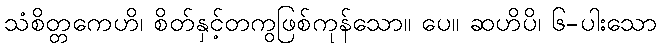
သံစိတ္တကေဟိ၊ စိတ်နှင့်တကွဖြစ်ကုန်သော။ ပေ။ ဆဟိပိ၊ ၆-ပါးသော